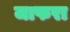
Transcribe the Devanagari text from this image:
जाफरा